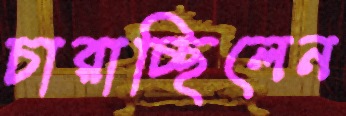
চারাচ্ছিলেন